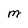
Character: m